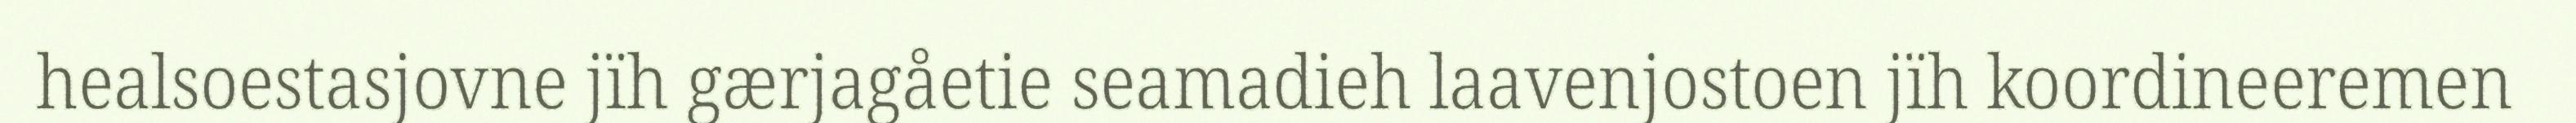
healsoestasjovne jïh gærjagåetie seamadieh laavenjostoen jïh koordineeremen